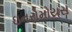
ઇનરોમોયસ